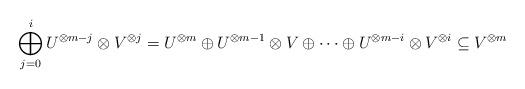
LaTeX: \begin{align*}\bigoplus_{j=0}^i U^{\otimes m-j} \otimes V^{\otimes j} = U^{\otimes m} \oplus U^{\otimes m-1} \otimes V \oplus \cdots \oplus U^{\otimes m-i} \otimes V^{\otimes i} \subseteq V^{\otimes m}\end{align*}